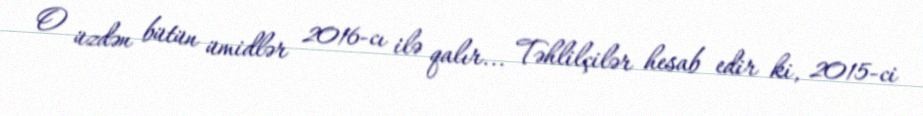
O üzdən bütün ümidlər 2016-cı ilə qalır... Təhlilçilər hesab edir ki, 2015-ci